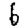
Digit: 6